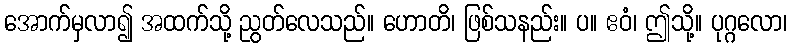
အောက်မှလာ၍ အထက်သို့ ညွတ်လေသည်။ ဟောတိ၊ ဖြစ်သနည်း။ ပ။ ဧဝံ၊ ဤသို့။ ပုဂ္ဂလော၊